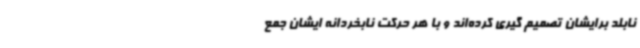
نابلد برایشان تصمیم گیری کرده‌اند و با هر حرکت نابخردانه ایشان جمع